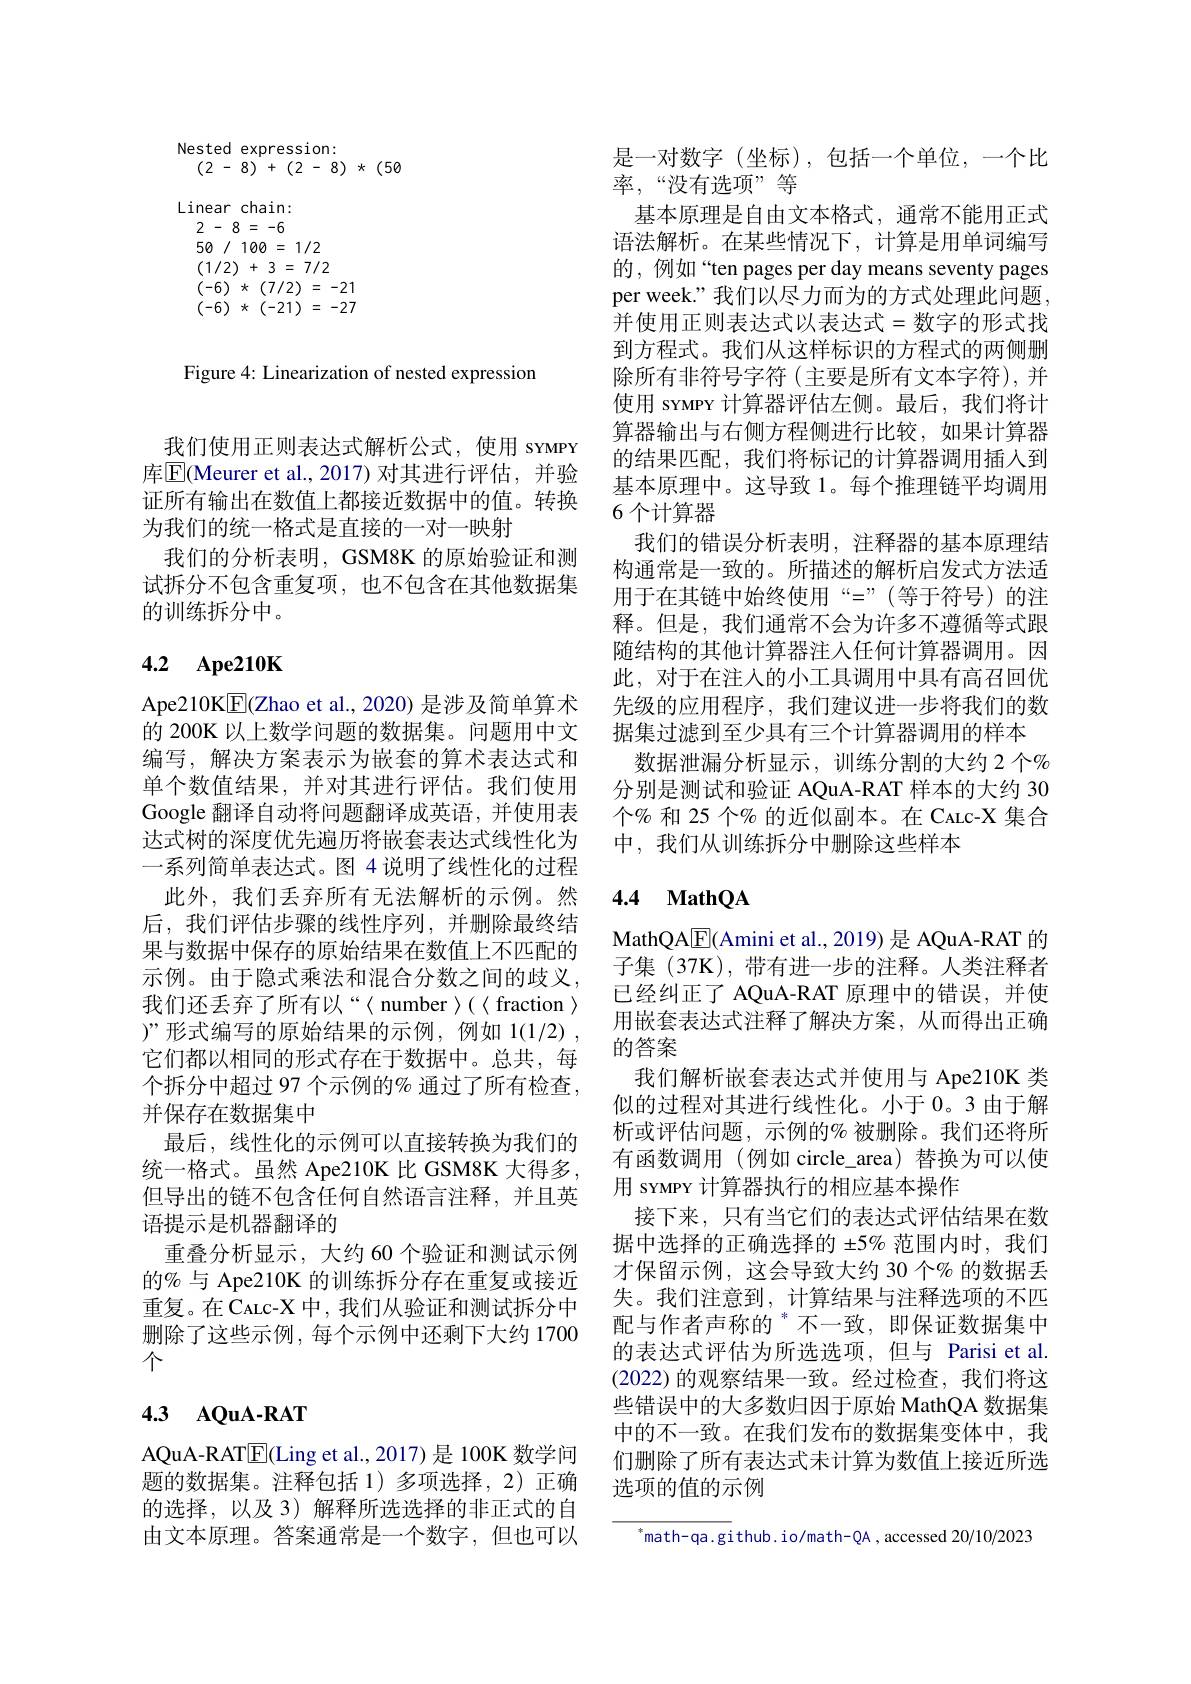
Nested expression:
(2-8) + (2-8) $\star$ (50
Linear chain: 2 - 8 = -650/100=1/2 (1/2) + 3 = 7/2 (-6) * (7/2) = -21 $\left ( - 6\right )$ * $\left ( - 21\right )$ = -27

Figure 4: Linearization of nested expression

我们使用正则表达式解析公式，使用 sYMPY 库$\boxed{\mathrm{E}}$(Meurer et al.,2017)对其进行评估，并验证所有输出在数值上都接近数据中的值。转换为我们的统一格式是直接的一对一映射
我们的分析表明，GSM8K 的原始验证和测试拆分不包含重复项，也不包含在其他数据集的训练拆分中。

# 4.2 Ape210K

Ape210K$\boxed{\mathrm{F}}($Zhao et al., 2020) 是涉及简单算术的 200K 以上数学问题的数据集。问题用中文编写，解决方案表示为嵌套的算术表达式和单个数值结果，并对其进行评估。我们使用Google 翻译自动将问题翻译成英语，并使用表达式树的深度优先遍历将嵌套表达式线性化为一系列简单表达式。图 4 说明了线性化的过程
此外，我们丢弃所有无法解析的示例。然后，我们评估步骤的线性序列，并删除最终结果与数据中保存的原始结果在数值上不匹配的示例。由于隐式乘法和混合分数之间的歧义， 我们还丢弃了所有以“〈number〉(〈fraction〉 )”形式编写的原始结果的示例，例如 1(1/2) , 它们都以相同的形式存在于数据中。总共，每个拆分中超过 97 个示例的% 通过了所有检查， 并保存在数据集中
最后，线性化的示例可以直接转换为我们的统一格式。虽然 Ape210K 比 GSM8K 大得多， 但导出的链不包含任何自然语言注释，并且英语提示是机器翻译的
重叠分析显示，大约 60 个验证和测试示例的% 与 Ape210K 的训练拆分存在重复或接近重复。在 CaLc-X 中 , 我们从验证和测试拆分中删除了这些示例，每个示例中还剩下大约 1700个

# 4.3 AQuA-RAT

AQuA- RAT$\underline {E}($Ling et al.,2017)是 100K 数学问题的数据集。注释包括 1) 多项选择，2) 正确的选择，以及 3)解释所选选择的非正式的自由文本原理。答案通常是一个数字，但也可以

是一对数字(坐标),包括一个单位，一个比
率，“没有选项”等
基本原理是自由文本格式，通常不能用正式语法解析。在某些情况下，计算是用单词编写的，例如“ten pages per day means seventy pages per week.”我们以尽力而为的方式处理此问题， 并使用正则表达式以表达式=数字的形式找到方程式。我们从这样标识的方程式的两侧删除所有非符号字符(主要是所有文本字符),并使用 srMPY 计算器评估左侧。最后，我们将计算器输出与右侧方程侧进行比较，如果计算器的结果匹配，我们将标记的计算器调用插入到基本原理中。这导致 1。每个推理链平均调用6 个计算器
我们的错误分析表明，注释器的基本原理结构通常是一致的。所描述的解析启发式方法适用于在其链中始终使用“=”(等于符号)的注释。但是，我们通常不会为许多不遵循等式跟随结构的其他计算器注入任何计算器调用。因此，对于在注入的小工具调用中具有高召回优先级的应用程序，我们建议进一步将我们的数据集过滤到至少具有三个计算器调用的样本
数据泄漏分析显示，训练分割的大约2个% 分别是测试和验证 AQuA-RAT 样本的大约 30个% 和 25 个% 的近似副本。在 CALc-X 集合中，我们从训练拆分中删除这些样本

## 4.4 MathQA

MathQA$\boxed{\mathrm{F}}$(Amini et al., 2019) 是 AQuA-RAT 的子集 (37K),带有进一步的注释。人类注释者已经纠正了 AQuA-RAT 原理中的错误，并使用嵌套表达式注释了解决方案，从而得出正确的答案
我们解析嵌套表达式并使用与 Ape210K 类似的过程对其进行线性化。小于 0。3 由于解析或评估问题，示例的%被删除。我们还将所有函数调用(例如 circle\_area) 替换为可以使用 sYMPY 计算器执行的相应基本操作
接下来，只有当它们的表达式评估结果在数据中选择的正确选择的 ±5% 范围内时，我们才保留示例，这会导致大约 30 个% 的数据丢失。我们注意到，计算结果与注释选项的不四配与作者声称的 $^*$不一致，即保证数据集中的表达式评估为所选选项，但与 Parisi et al. (2022)的观察结果一致。经过检查，我们将这些错误中的大多数归因于原始 MathQA 数据集中的不一致。在我们发布的数据集变体中，我们删除了所有表达式未计算为数值上接近所选选项的值的示例

$^{*}$math-qa.github.io/math-QA , accessed 20/10/2023